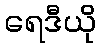
ရေဒီယို